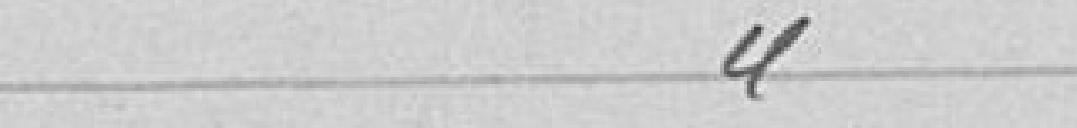
"